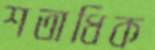
শতাধিক